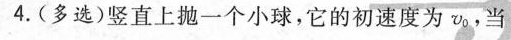
4.(多选)竖直上抛一个小球，它的初速度为v_{0}，当